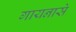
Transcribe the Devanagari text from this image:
गायनासे